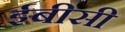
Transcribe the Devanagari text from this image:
ईबीसी